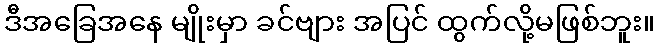
ဒီအခြေအနေ မျိုးမှာ ခင်ဗျား အပြင် ထွက်လို့မဖြစ်ဘူး။